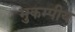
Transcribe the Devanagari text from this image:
भुकम्पीय